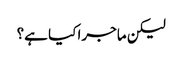
لیکن ماجرا کیا ہے؟